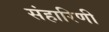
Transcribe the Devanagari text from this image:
संहारिणी